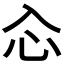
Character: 𠓣